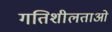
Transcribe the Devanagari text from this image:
गतिशीलताओ